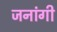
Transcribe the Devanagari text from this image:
जनांगी